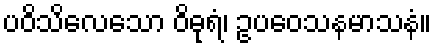
ပဝိသိလေသော ဝိဓုရံ၊ ဥပဝေသနမာသနံ။